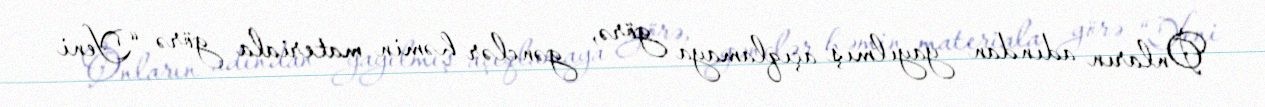
Onların adından yayılmış açıqlamaya görə, gənclər həmin materiala görə “Yeni